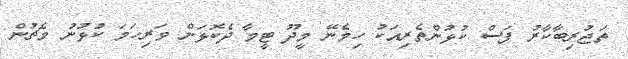
ތަޖުރިބާކާރު ފަސް ކުޅުންތެރިއަކު ހިމެނޭ މީދޫ ޓީމާ ދެކޮޅަށް ވަރިހަމަ ކުޅުނު މެޗުން